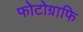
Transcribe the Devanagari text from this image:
फोटोग्राफि